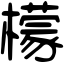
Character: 檬